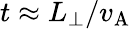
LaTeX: t\approx L_{\perp}/v_{\mathrm{A}}